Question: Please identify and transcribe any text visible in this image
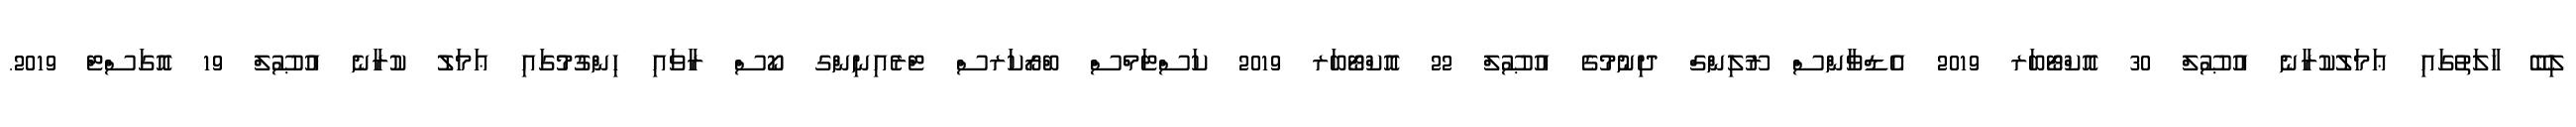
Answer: ލިބޭ ހާލަތުގައި ޢަމަލުކުރާނެ އުޞޫލް 30 އޮކްޓޯބަރ 2019 އެޑްވާންސް ރޫލިންގް ދިނުމުގެ އުޞޫލް 22 އޮކްޓޯބަރ 2019 ކަސްޓަމްސް ބްރޯކަރސް ޓްރެއިނިންގ ކޯސް ރާވައި ހިންގުމުގައި ޢަމަލު ކުރާނެ އުޞޫލް 19 އޮގަސްޓް 2019.